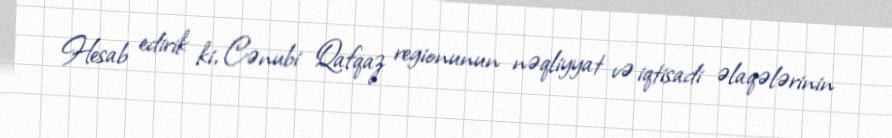
Hesab edirik ki, Cənubi Qafqaz regionunun nəqliyyat və iqtisadi əlaqələrinin